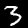
Label: 3